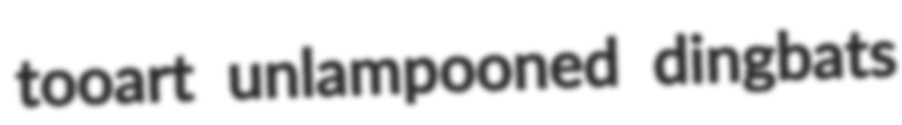
tooart unlampooned dingbats